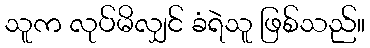
သူက လုပ်မိလျှင် ခံရဲသူ ဖြစ်သည်။